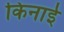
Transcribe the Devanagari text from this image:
किनाई